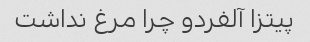
پیتزا آلفردو چرا مرغ نداشت